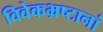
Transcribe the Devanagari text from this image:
विवेकभ्रष्टानां